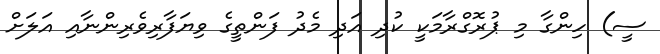
ސީ) ހިންގާ މި ޕުރޮގްރާމަކީީ ކުދި އަދި މެދު ފަންތީގެ ވިޔަފާރިވެރިންނާއި އަލަށް